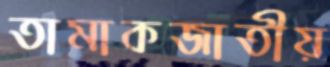
তামাকজাতীয়